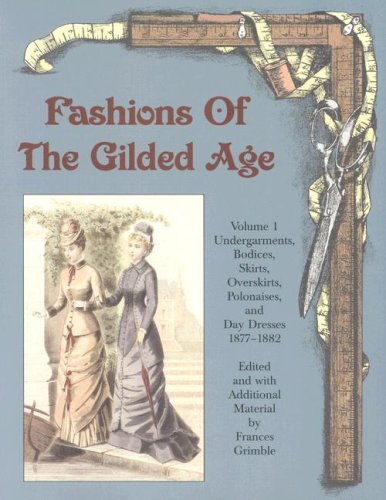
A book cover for Fashions of the Gilded Age, Volume 1:  Undergarments, Bodices, Skirts, Overskirts, Polonaises, and Day Dresses 1877-1882; Humor & Entertainment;